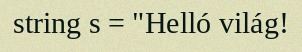
string s = "Helló világ!